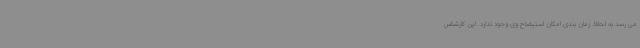
می رسد به لحاظ زمان بندی امکان استیضاح وی وجود ندارد. این کارشناس